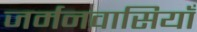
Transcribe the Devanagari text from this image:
जर्मनवासियाँ